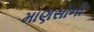
માણસોની